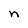
Character: n